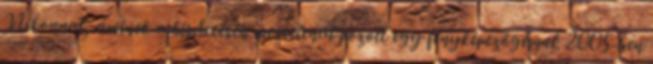
Nikonnal, aminek a hirdetésén meztelenül pózolt egy fényképezőgéppel. 2005-ben